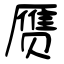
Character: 赝